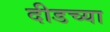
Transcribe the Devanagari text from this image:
दीडच्या